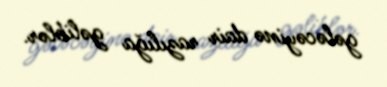
gələcəyinə dair razılığa gəliblər.